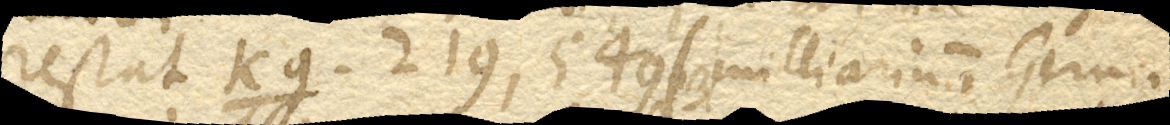
restat kg. 219,549 (3 milliaria in Germ.